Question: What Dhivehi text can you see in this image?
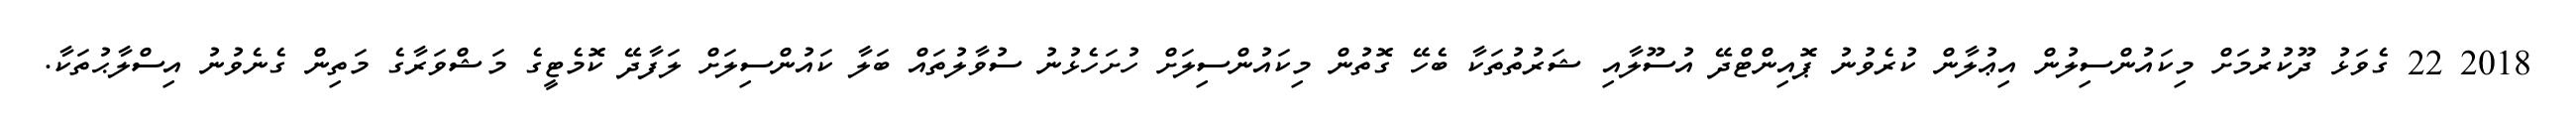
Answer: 2018 22 ގެވަޅު ދޫކުރުމަށް މިކައުންސިލުން އިޢުލާން ކުރެވުނު ޕޮއިންޓްދޭ އުސޫލާއި ޝަރުތުތަކާ ބެހޭ ގޮތުން މިކައުންސިލަށް ހުށަހެޅުނު ސުވާލުތައް ބަލާ ކައުންސިލަށް ލަފާދޭ ކޮމެޓީގެ މަޝްވަރާގެ މަތިން ގެނެވުނު އިސްލާޙުތަކާ.